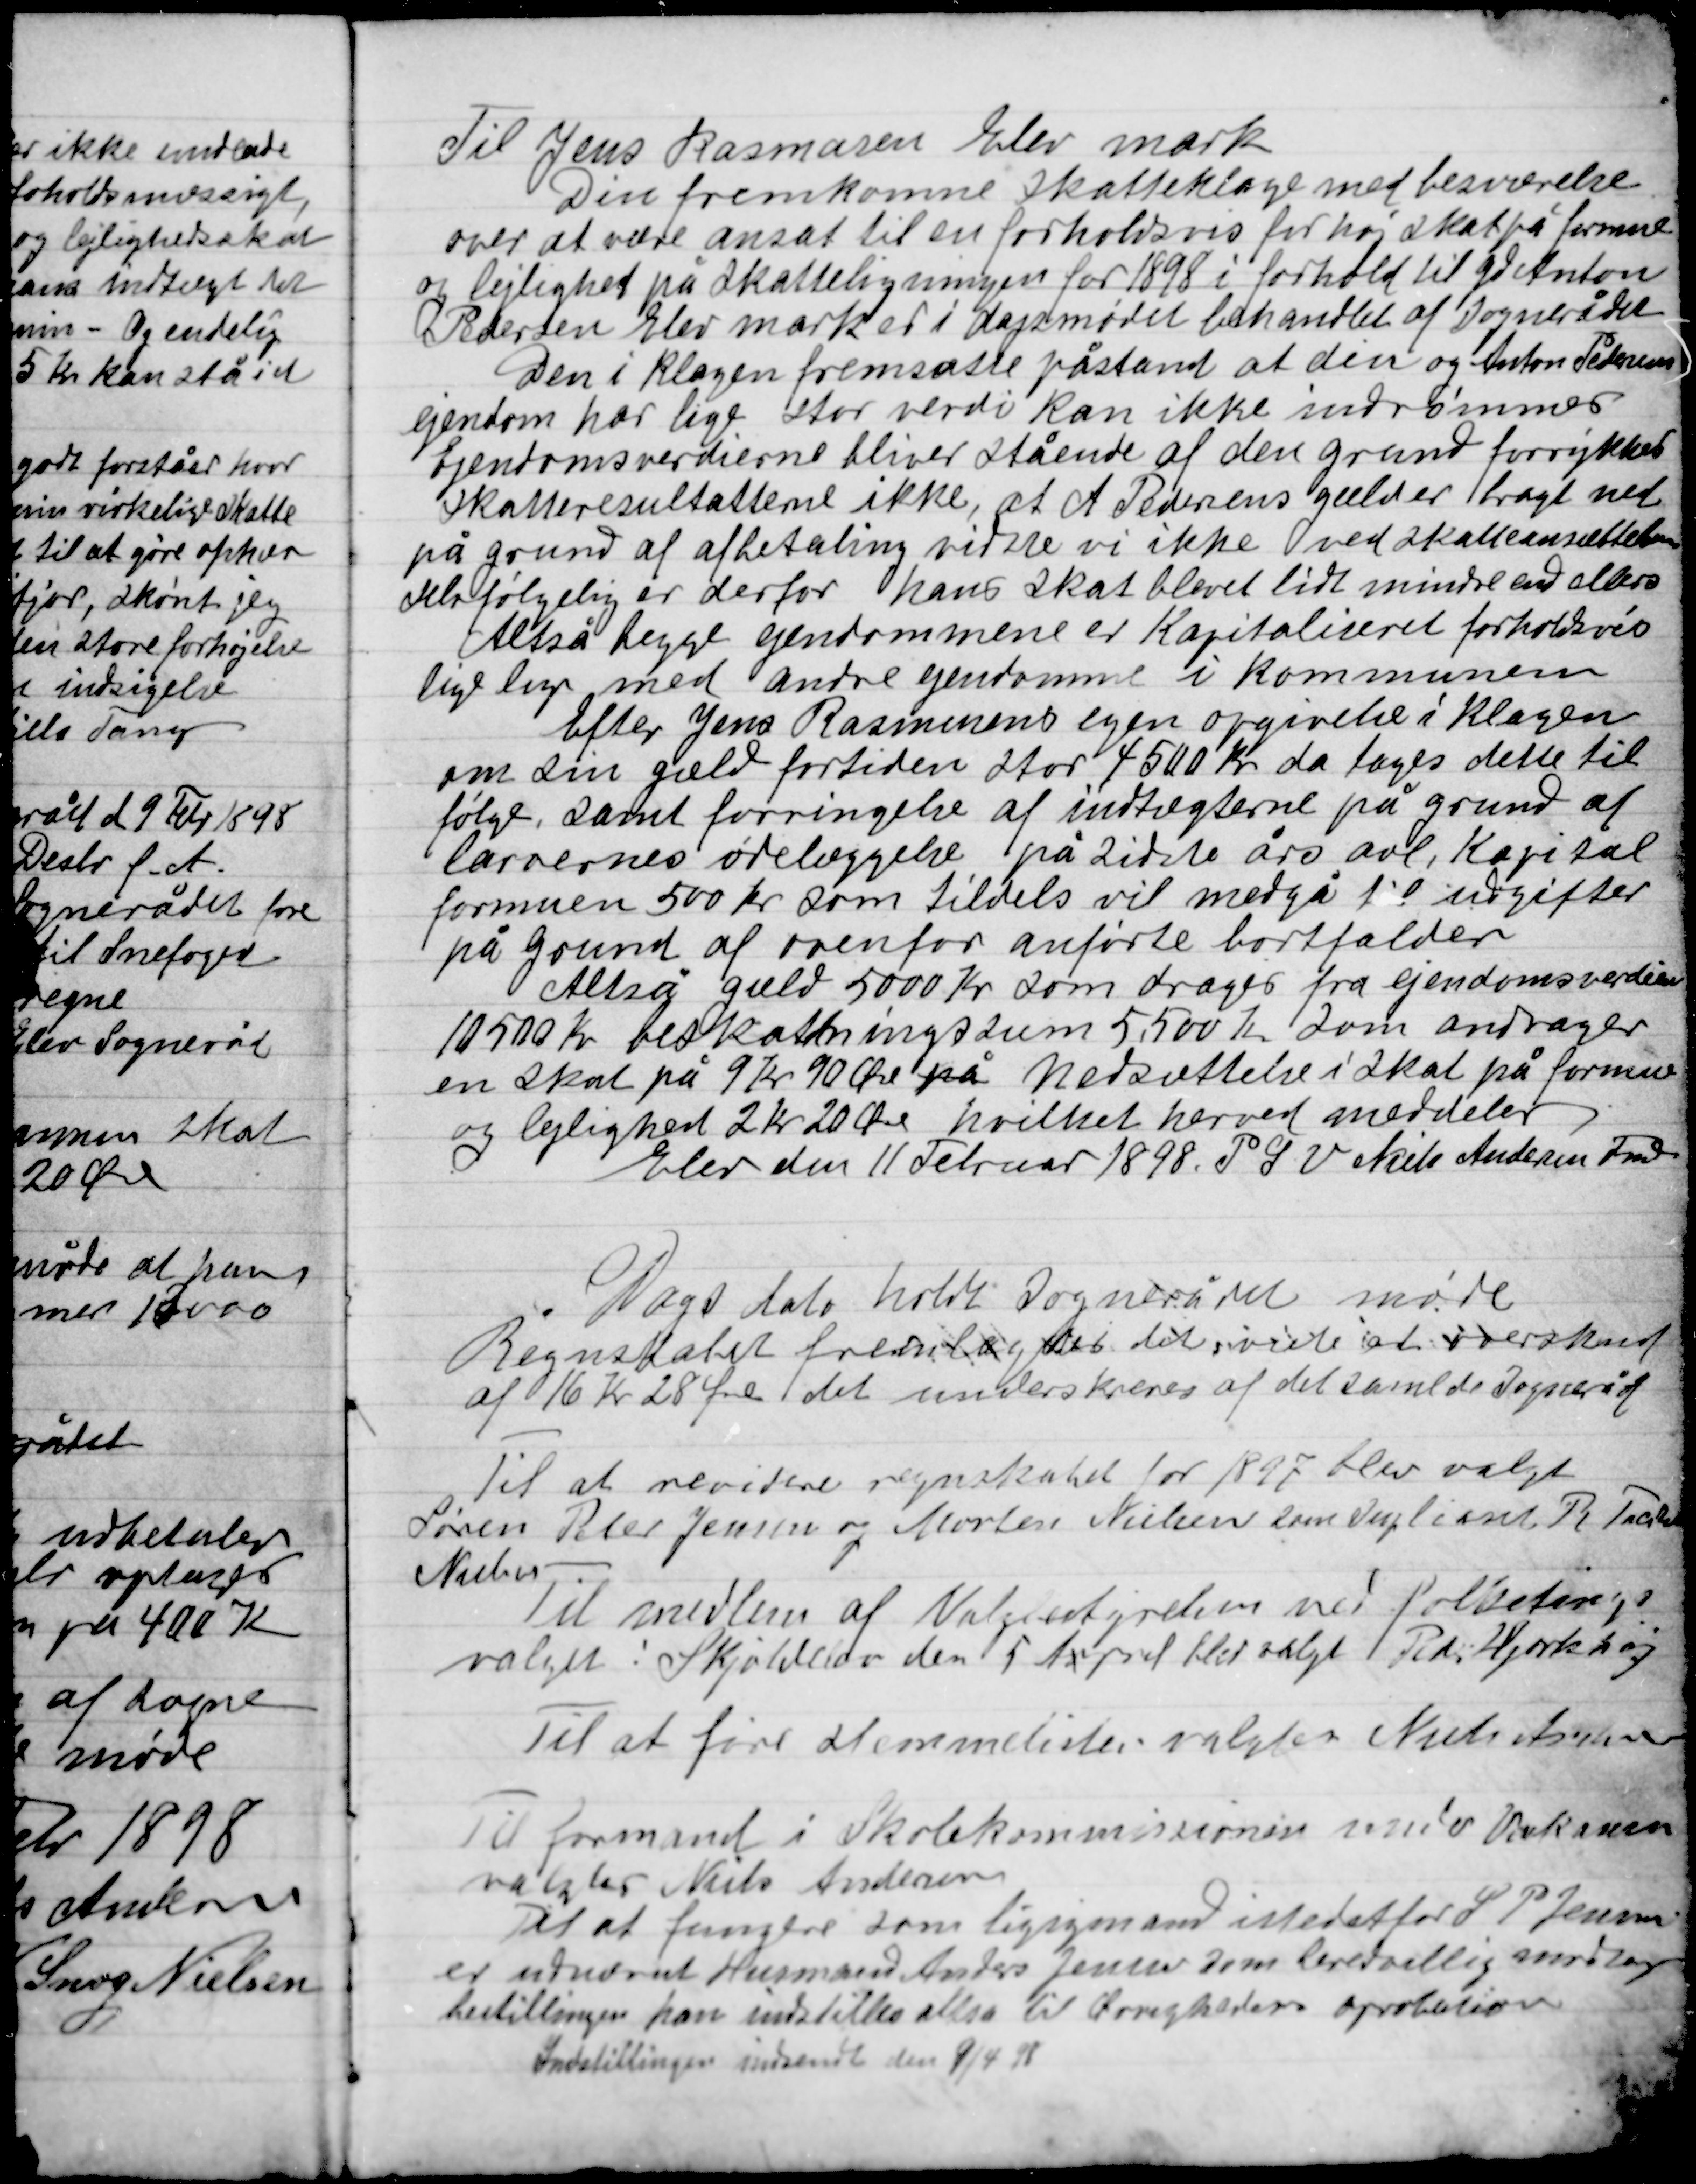
Transskription:
Til Jens Rasmussen Elev mark
Din fremkomme skatteklage med besværelse
over at være ansat til en forholdsvis for høj skat på formue
og lejlighed på Skatteligningen for 1898 i forhold til gd. Anton
Pedersen Elev mark er i dagsmødet behandlet af Sognerådet
Den i klagen fremsatte påstand at den og Anton Pedersens
Ejendom har lige stor værdi kan ikke indrømmes
Ejendomsværdierne bliver stående af den grund forrykker
Skatteresultaterne ikke, at A. Pedersens gæld er taget med
på grund af afbetaling vidste vi ikke ved skatteansættelsen
selvfølgelig er derfor hans skat blevet lidt mindre end ellers
Altså begge ejendomme er Kapitaliseret forholdsvis
lige lige med andre ejendomme i Kommunen
Efter Jens Rasmussens egen opgivelse i klagen
om sin gæld fortiden stor 4500 Kr. da tages dette til
følge, samt forringelse af indtægterne på grund af
larvernes ødelæggelse på sidste års avl, Kapital
formuen 500 Kr. som tildels vil medgå til udgifter
på grund af ovenfor anførte bortfalder.
Altså gæld 5000 Kr. som drages fra ejendomsværdien
105000 Kr. beskatningssum 5.500 Kr. som andrager
en skat på 9 Kr. 90 Øre på nedsættelse i skat på formue
og lejlighed 2 Kr. 20 Øre hvilket herved meddeles.
Elev den 11 Februar 1898 P.S.V. Niels Andersen Fmd.

Dags dato holdt Sognerådet møde
Regnskabet forelagdes det det viste rt overskud
af 16 Kr. 28 Øre det underskrives af det samlede Sogneråd

Til at revidere regnskabet for 1897 blev valgt
Søren Peter Jensen og Morten Nielsen som Suppleant R. Tack
Nielsen

Til medlem af Valgbestyrelsen var forskellige
valgte: Skjolderør den 5 April blev valgt Peder Hjortshøj

Til at føre stemmelisten valgtes Niels Andersen

Til formand i Skolekommissionens møder Vikaren
Valgtes Niels Andersen

Til at fungere som ligsynsmand i stedet for S. P. Jensen
er udnævnt Husmand Anders Jensen som beredvillig modtager
bestillingen han indstilles altså til Øvrighedens opservation
indstillingen indsendt den 9/4 98